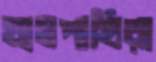
ঘাসপাখিরা